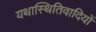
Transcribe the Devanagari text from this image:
यथास्थितिवादियों